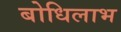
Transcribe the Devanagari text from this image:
बोधिलाभ